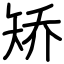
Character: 矫